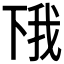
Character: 𫠰